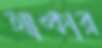
আঙ্কার